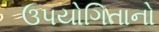
ઉપયોગિતાનો